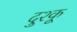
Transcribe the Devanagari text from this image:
दुश्कू